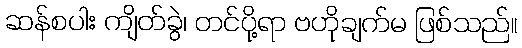
ဆန်စပါး ကျိတ်ခွဲ၊ တင်ပို့ရာ ဗဟိုချက်မ ဖြစ်သည်။